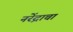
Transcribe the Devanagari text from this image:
नरेंद्राचा